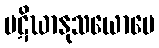
ပဋိဃာနုသယောပေ